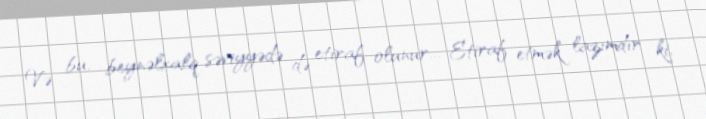
Və bu, beynəlxalq səviyyədə də etiraf olunur... Etiraf etmək lazımdır ki,